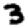
Digit: 3